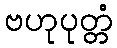
ဗဟုပုတ္တံ